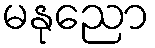
မနုညော